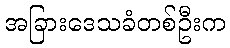
အခြားဒေသခံတစ်ဦးက